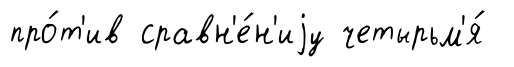
про́т'ив сравн'е́н'иjу четырьм'я́